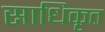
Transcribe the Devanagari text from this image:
साधिकृत